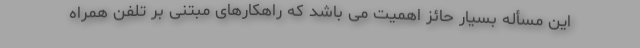
این مسأله بسیار حائز اهمیت می باشد که راهکارهای مبتنی بر تلفن همراه